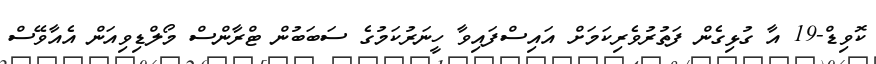
ކޮވިޑް-19 އާ ގުޅިގެން ފަތުރުވެރިކަމަށް އައިސްފައިވާ ހީނަރުކަމުގެ ސަބަބުން ޓްރާންސް މޯލްޑިވިއަން އެއާވޭސް